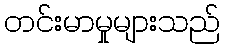
တင်းမာမှုများသည်